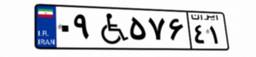
۰۹W۵۷۶۴۱